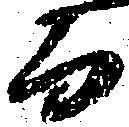
而